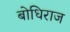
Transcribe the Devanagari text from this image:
बोधिराज